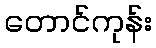
တောင်ကုန်း